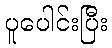
ပူပေါင်းပြီး